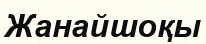
Жанайшоқы